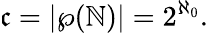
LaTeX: {\mathfrak{c}}=|\wp(\mathbb{N})|=2^{\aleph_{0}}.